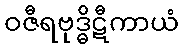
ဝဇီရဗုဒ္ဓိဋီကာယံ